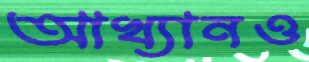
আখ্যানও